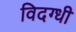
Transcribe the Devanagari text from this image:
विदग्धी